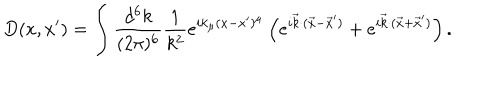
D ( x , x ^ { \prime } ) = \int { \frac { d ^ { 6 } k } { ( 2 \pi ) ^ { 6 } } } { \frac { 1 } { k ^ { 2 } } } e ^ { i k _ { \mu } ( x - x ^ { \prime } ) ^ { \mu } } \left( e ^ { i { \vec { k } } \cdot ( { \vec { x } } - { \vec { x } } ^ { \prime } ) } + e ^ { i { \vec { k } } \cdot ( { \vec { x } } + { \vec { x } } ^ { \prime } ) } \right) .